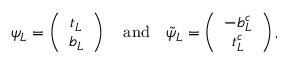
\psi _ { L } = \left( \begin{array} { c } { { t _ { L } } } \\ { { b _ { L } } } \end{array} \right) \quad \mathrm { a n d } \quad \tilde { \psi } _ { L } = \left( \begin{array} { c } { { - b _ { L } ^ { c } } } \\ { { t _ { L } ^ { c } } } \end{array} \right) ,